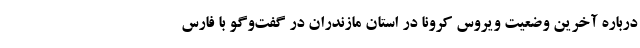
درباره آخرین وضعیت ویروس کرونا در استان مازندران در گفت‌وگو با فارس